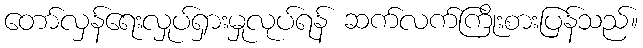
တော်လှန်ရေးလှုပ်ရှားမှုလုပ်ရန် ဆက်လက်ကြိုးစားပြန်သည်။